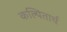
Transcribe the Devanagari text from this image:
कल्पितार्थ